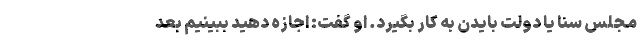
مجلس سنا یا دولت بایدن به کار بگیرد. او گفت: اجازه دهید ببینیم بعد